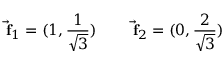
\vec { \mathrm { \bf ~ f } } _ { 1 } = ( 1 , { \frac { 1 } { \sqrt { 3 } } } ) \qquad \vec { \mathrm { \bf ~ f } } _ { 2 } = ( 0 , { \frac { 2 } { \sqrt { 3 } } } )